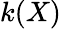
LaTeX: k(X)